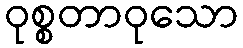
ဝုစ္စတာဝုသော